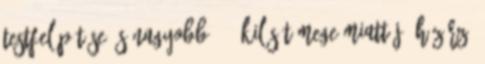
testfelépítése és nagyobb, 28 kilós tömege miatt jó házőrző